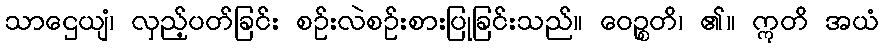
သာဌေယျံ၊ လှည့်ပတ်ခြင်း စဉ်းလဲစဉ်းစားပြုခြင်းသည်။ ဝေဉ္စတိ၊ ၏။ ဣတိ အယံ